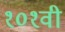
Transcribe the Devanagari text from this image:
१०१वी